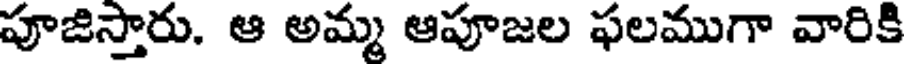
పూజిస్తారు. ఆ అమ్మ ఆపూజల ఫలముగా వారికి